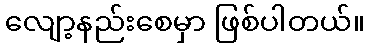
လျော့နည်းစေမှာ ဖြစ်ပါတယ်။